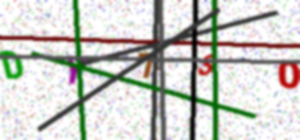
Text: DY7SO